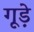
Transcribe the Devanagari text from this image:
गूड़े